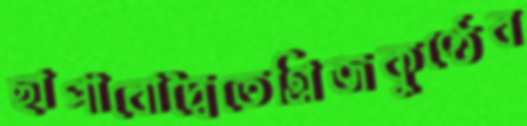
ছাপাবোদ্বৈতেগ্রিজকুণ্ঠেব